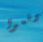
توقعوا